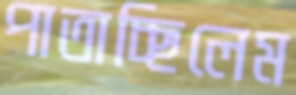
পাতাচ্ছিলেম